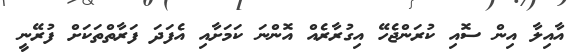
އާއިލާ އިން ސޮއި ކުރަންޖެހޭ އިގުރާރެއް އޮންނަ ކަމަށާއި އެފަދަ ފަރާތްތަކަށް ފުރޭނީ